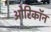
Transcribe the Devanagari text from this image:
ओरिकॉन